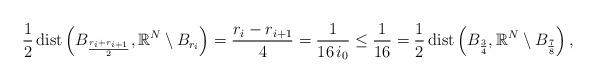
LaTeX: \begin{align*}\frac{1}{2}\, \mathrm{dist}\left(B_\frac{r_i+r_{i+1}}{2},\mathbb{R}^N\setminus B_{r_i}\right)=\frac{r_i-r_{i+1}}{4}=\frac{1}{16\,i_0}\le\frac{1}{16}=\frac{1}{2}\,\mathrm{dist}\left(B_{\frac{3}{4}},\mathbb{R}^N\setminus B_\frac{7}{8}\right),\end{align*}